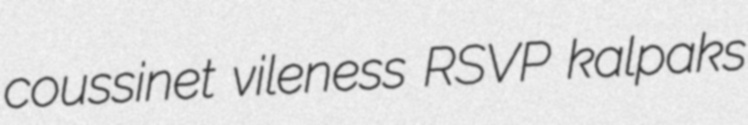
coussinet vileness RSVP kalpaks